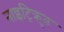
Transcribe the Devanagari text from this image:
नाइट्रिक्रुत